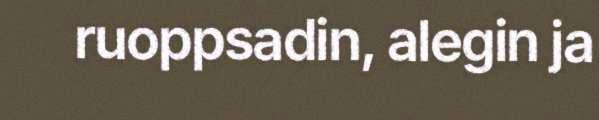
ruoppsadin, alegin ja